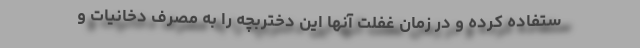
ستفاده کرده و در زمان غفلت آنها این دختربچه را به مصرف دخانیات و